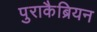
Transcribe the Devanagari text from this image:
पुराकैब्रियन